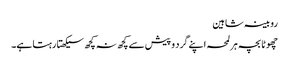
روبینہ شاہین
چھوٹا بچہ ہر لمحہ اپنے گرد و پیش سے کچھ نہ کچھ سیکھتا رہتا ہے۔